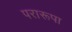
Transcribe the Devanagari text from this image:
परारूपा